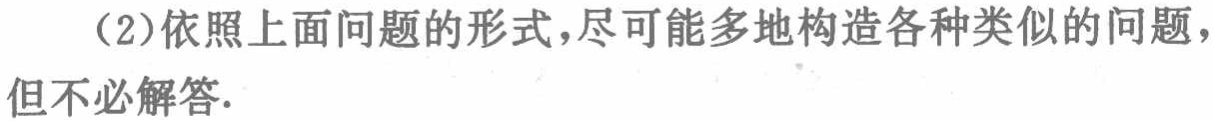
（2）依照上面问题的形式，尽可能多地构造各种类似的问题，但不必解答.